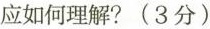
应如何理解?(3分)